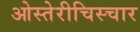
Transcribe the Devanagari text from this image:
ओस्तेरीचिस्चार